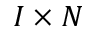
I \times N